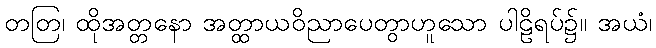
တတြ၊ ထိုအတ္တနော အတ္ထာယဝိညာပေတွာဟူသော ပါဠိရပ်၌။ အယံ၊